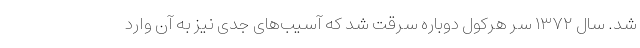
شد. سال ۱۳۷۲ سر هرکول دوباره سرقت شد که آسیب‌های جدی نیز به آن وارد